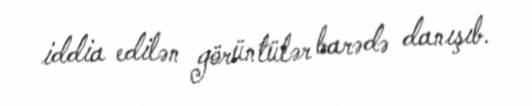
iddia edilən görüntülər barədə danışıb.